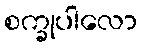
စက္ခုပါလော